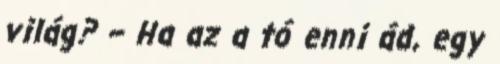
világ? – Ha az a tó enni ád, egy